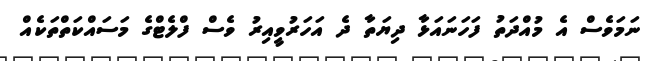
ނަމަވެސް އެ މުއްދަތު ފަހަނައަޅާ ދިޔަތާ ދެ އަހަރުވީއިރު ވެސް ފްލެޓްގެ މަސައްކަތްތަކެއް